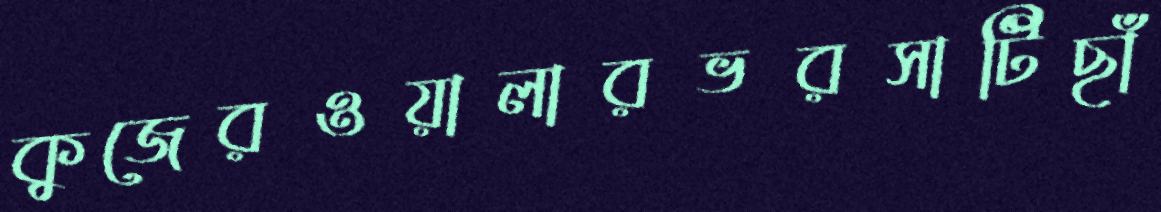
কুজেরওয়ালারভরসাটিছাঁ